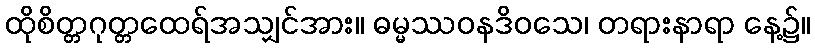
ထိုစိတ္တဂုတ္တထေရ်အသျှင်အား။ ဓမ္မဿဝနဒိဝသေ၊ တရားနာရာ နေ့၌။